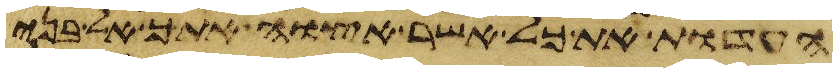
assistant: העדות את כל אשר אצוה אתך אל בני